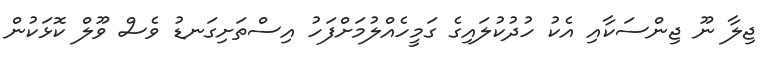
ޖިލާ ނޫ ޖިންސަކާއި އެކު ހުދުކުލައިގެ ގަމީހެއްލުމަށްފަހު އިސްތަށިގަނޑު ވެސް ވޫލް ކޮޅަކުން